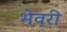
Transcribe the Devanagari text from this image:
भेवरी